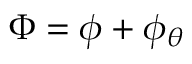
\Phi = \phi + \phi _ { \theta }